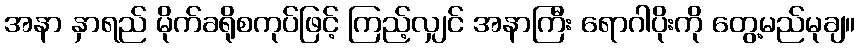
အနာ နှာရည် မိုက်ခရိုစကုပ်ဖြင့် ကြည့်လျှင် အနာကြီး ရောဂါပိုးကို တွေ့မည်မုချ။